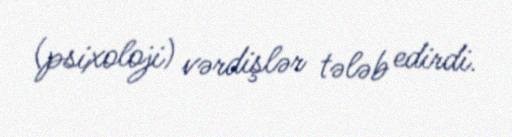
(psixoloji) vərdişlər tələb edirdi.